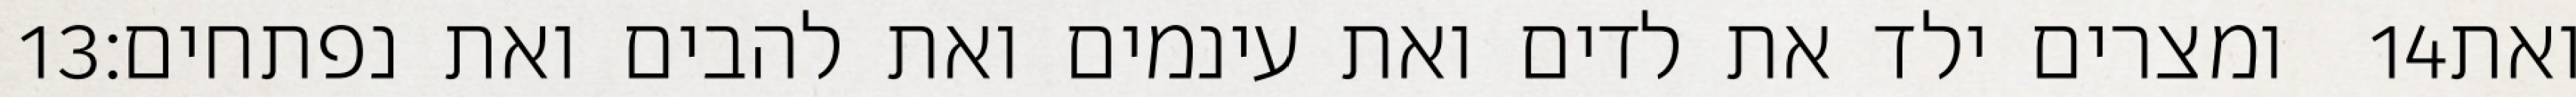
‎13‏ ומצרים ילד את לדים ואת עינמים ואת להבים ואת נפתחים׃ ‎14‏ ואת